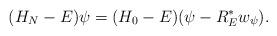
LaTeX: \begin{align*} (H_N - E)\psi = (H_0 - E) (\psi - R_E^* w_\psi).\end{align*}